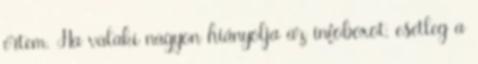
értem. Ha valaki nagyon hiányolja az infoboxot, esetleg a